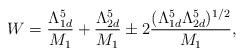
LaTeX: \begin{align*}W=\frac{\Lambda _{1d}^{5}}{M_{1}}+\frac{\Lambda _{2d}^{5}}{M_{1}}\pm2\frac{(\Lambda _{1d}^{5}\Lambda _{2d}^{5})^{1/2}}{M_{1}},\end{align*}